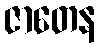
ဇာတေန